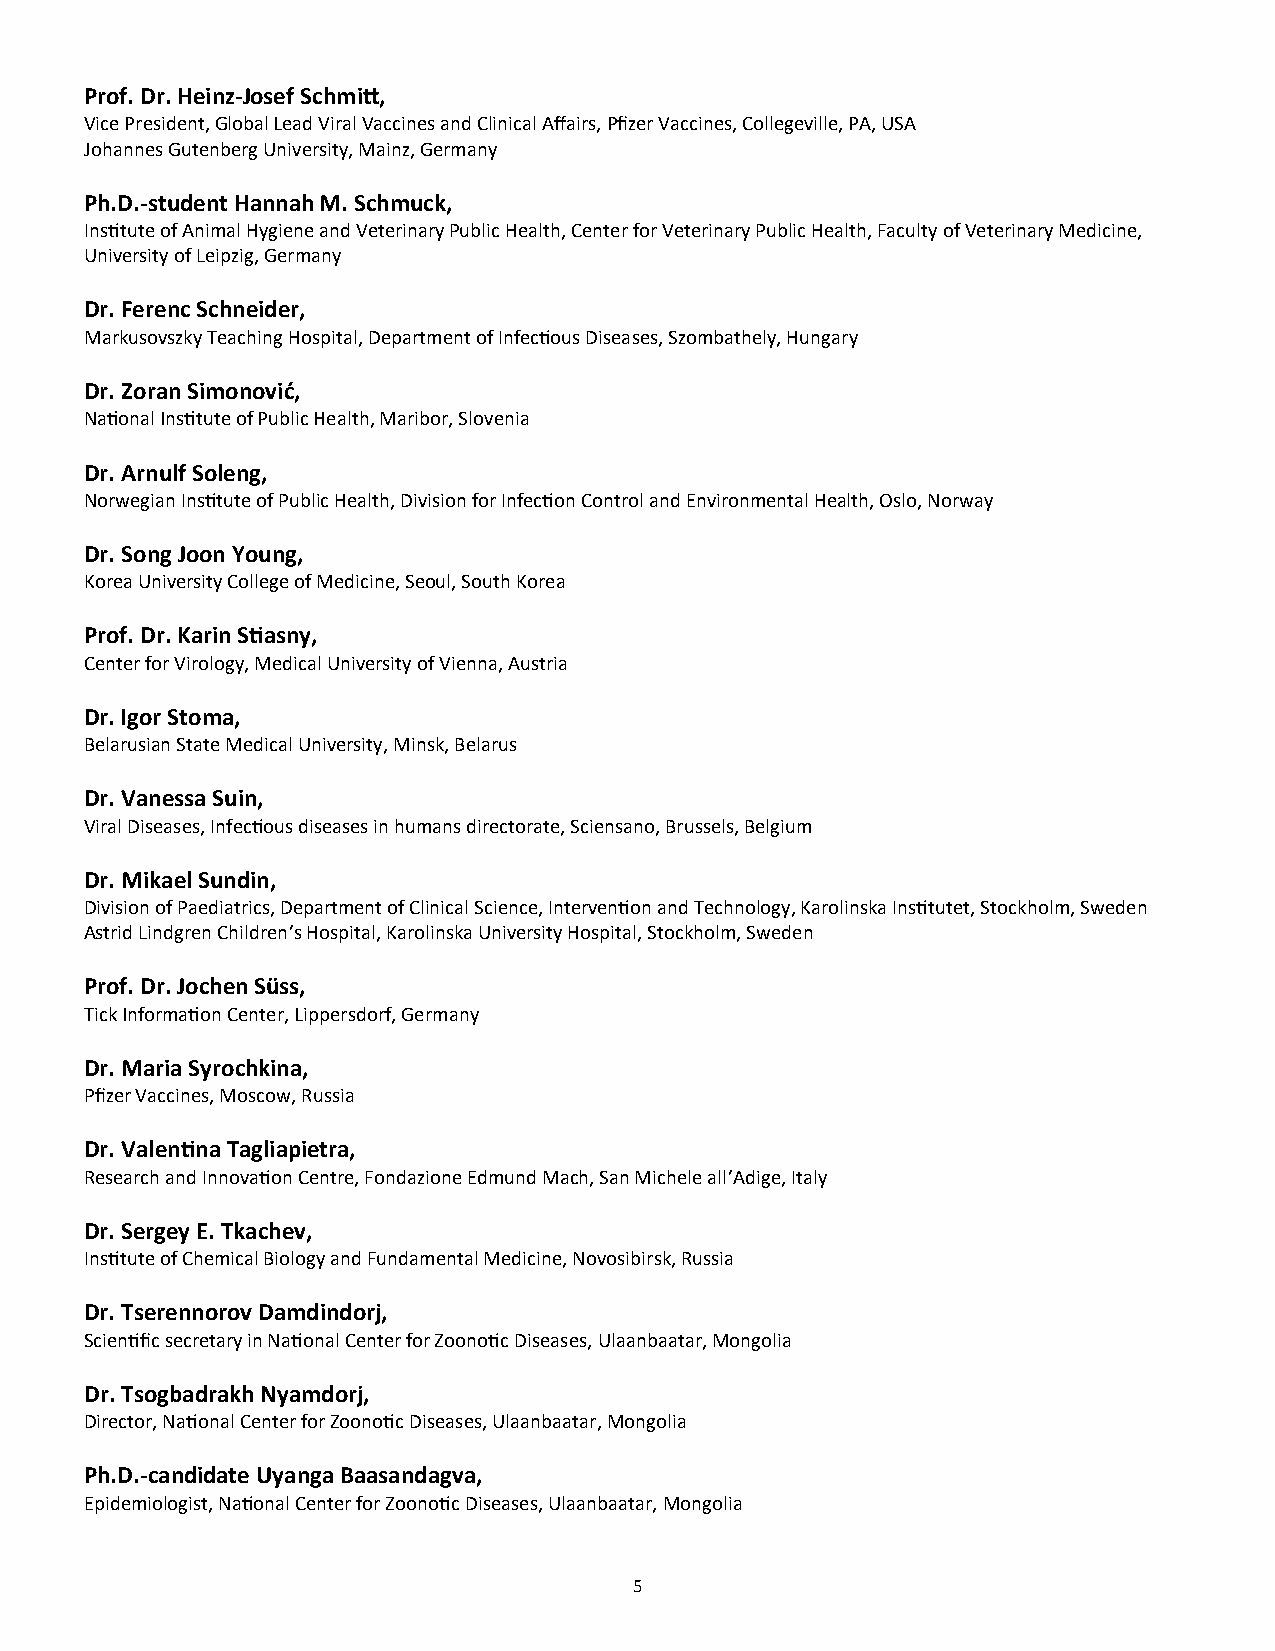
Prof. Dr. Heinz-Josef Schmitt,
 Vice President, Global Lead Viral Vaccines and Clinical Affairs, Pfizer Vaccines, Collegeville, PA, USA
 Johannes Gutenberg University, Mainz, Germany
 Ph.D.-student Hannah M. Schmuck,
 Institute of Animal Hygiene and Veterinary Public Health, Center for Veterinary Public Health, Faculty of Veterinary Medicine,
 University of Leipzig, Germany
 Dr. Ferenc Schneider,
 Markusovszky Teaching Hospital, Department of Infectious Diseases, Szombathely, Hungary
 Dr. Zoran Simonović,
 National Institute of Public Health, Maribor, Slovenia
 Dr. Arnulf Soleng,
 Norwegian Institute of Public Health, Division for Infection Control and Environmental Health, Oslo, Norway
 Dr. Song Joon Young,
 Korea University College of Medicine, Seoul, South Korea
 Prof. Dr. Karin Stiasny,
 Center for Virology, Medical University of Vienna, Austria
 Dr. Igor Stoma,
 Belarusian State Medical University, Minsk, Belarus
 Dr. Vanessa Suin,
 Viral Diseases, Infectious diseases in humans directorate, Sciensano, Brussels, Belgium
 Dr. Mikael Sundin,
 Division of Paediatrics, Department of Clinical Science, Intervention and Technology, Karolinska Institutet, Stockholm, Sweden
 Astrid Lindgren Children’s Hospital, Karolinska University Hospital, Stockholm, Sweden
 Prof. Dr. Jochen Süss,
 Tick Information Center, Lippersdorf, Germany
 Dr. Maria Syrochkina,
 Pfizer Vaccines, Moscow, Russia
 Dr. Valentina Tagliapietra,
 Research and Innovation Centre, Fondazione Edmund Mach, San Michele all’Adige, Italy
 Dr. Sergey E. Tkachev,
 Institute of Chemical Biology and Fundamental Medicine, Novosibirsk, Russia
 Dr. Tserennorov Damdindorj,
 Scientific secretary in National Center for Zoonotic Diseases, Ulaanbaatar, Mongolia
 Dr. Tsogbadrakh Nyamdorj,
 Director, National Center for Zoonotic Diseases, Ulaanbaatar, Mongolia
 Ph.D.-candidate Uyanga Baasandagva,
 Epidemiologist, National Center for Zoonotic Diseases, Ulaanbaatar, Mongolia
 5